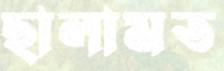
ছালামত